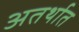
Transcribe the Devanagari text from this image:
अतर्थात